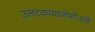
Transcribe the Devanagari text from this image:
उलटवण्याजोगीआहे